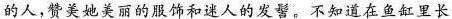
的人，赞美她美丽的服饰和迷人的发髻。不如道在鱼缸里长